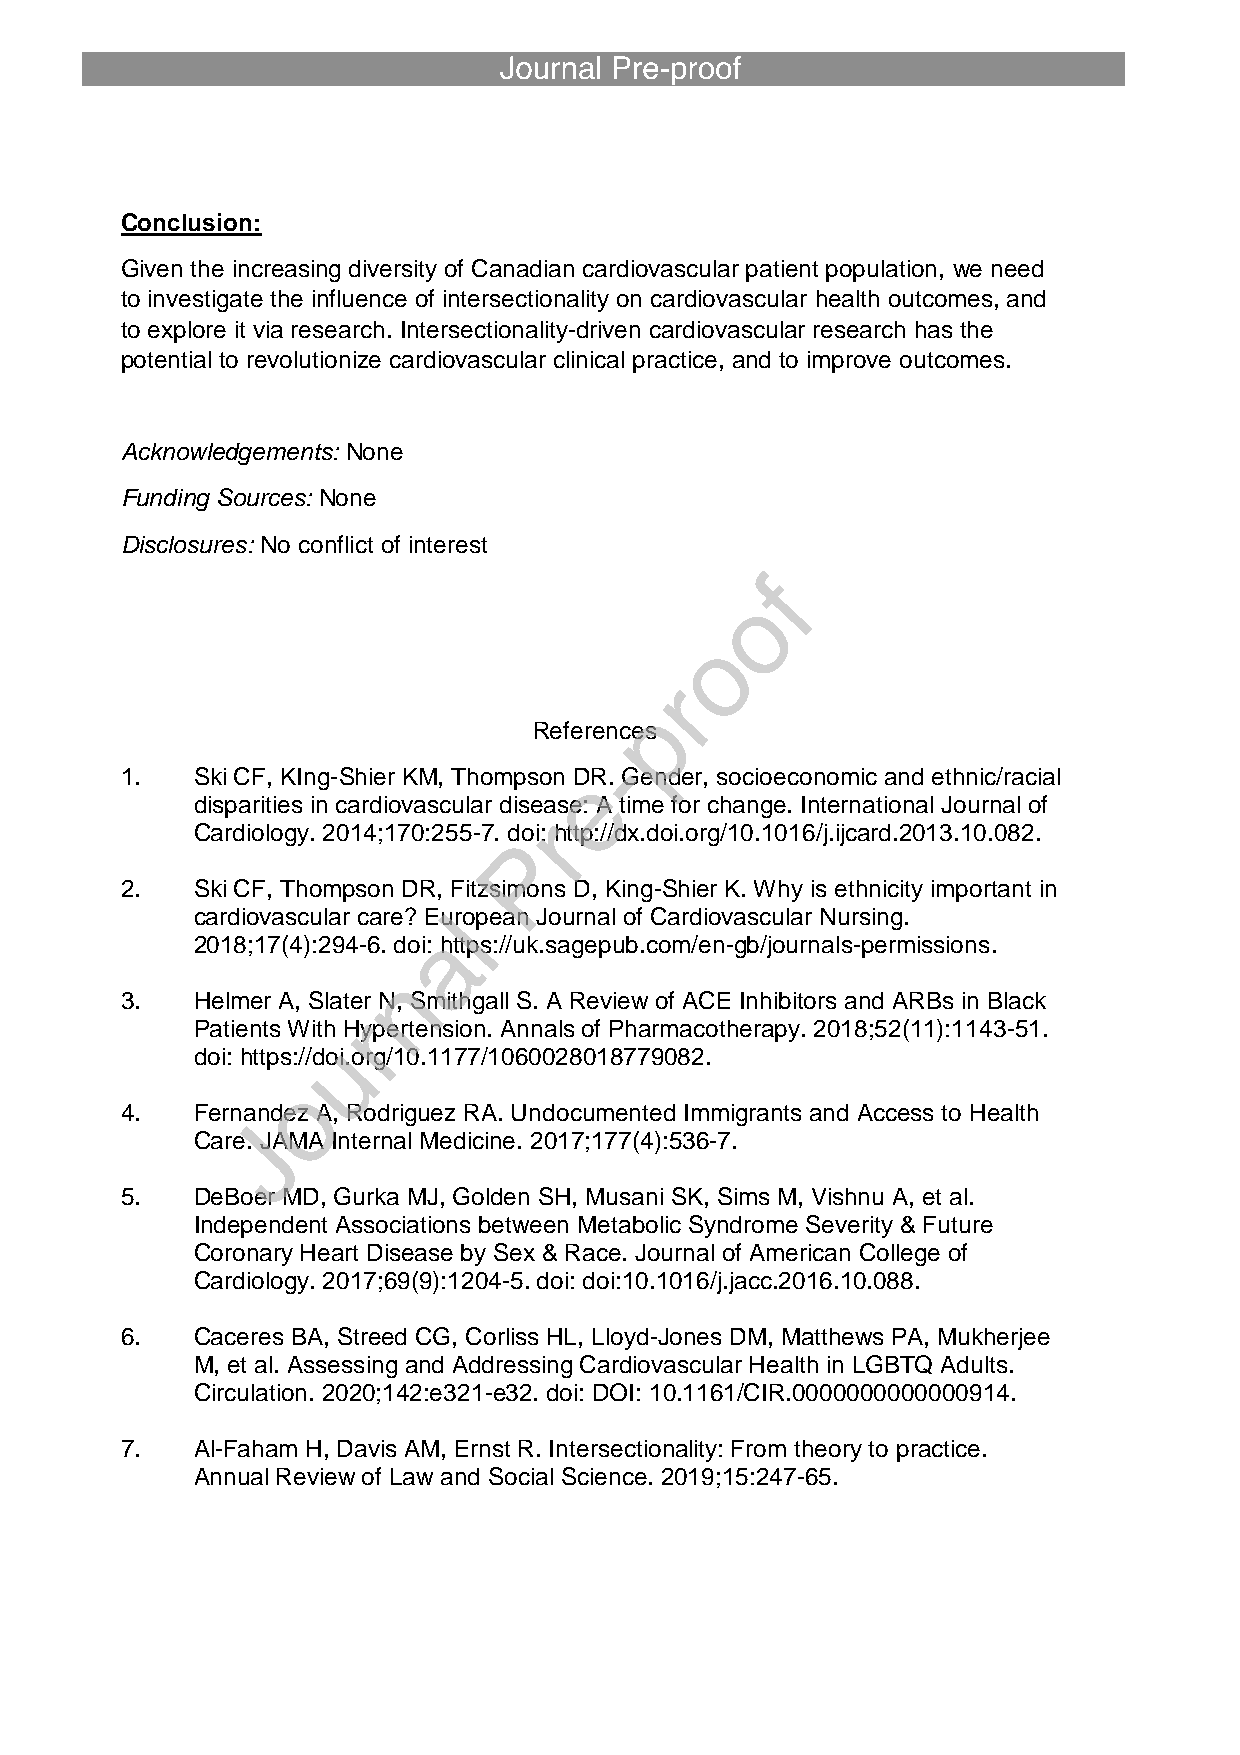
Conclusion:
 Given the increasing diversity of Canadian cardiovascular patient population, we need
 to investigate the influence of intersectionality on cardiovascular health outcomes, and
 to explore it via research. Intersectionality-driven cardiovascular research has the
 potential to revolutionize cardiovascular clinical practice, and to improve outcomes.
 Acknowledgements: None
 Funding Sources: None
 Disclosures: No conflict of interest
 References
 1.   Ski CF, KIng-Shier KM, Thompson DR. Gender, socioeconomic and ethnic/racial
 disparities in cardiovascular disease: A time for change. International Journal of
 Cardiology. 2014;170:255-7. doi: http://dx.doi.org/10.1016/j.ijcard.2013.10.082.
 2.   Ski CF, Thompson DR, Fitzsimons D, King-Shier K. Why is ethnicity important in
 cardiovascular care? European Journal of Cardiovascular Nursing.
 2018;17(4):294-6. doi: https://uk.sagepub.com/en-gb/journals-permissions.
 3.   Helmer A, Slater N, Smithgall S. A Review of ACE Inhibitors and ARBs in Black
 Patients With Hypertension. Annals of Pharmacotherapy. 2018;52(11):1143-51.
 doi: https://doi.org/10.1177/1060028018779082.
 4.   Fernandez A, Rodriguez RA. Undocumented Immigrants and Access to Health
 Care. JAMA Internal Medicine. 2017;177(4):536-7.
 5.   DeBoer MD, Gurka MJ, Golden SH, Musani SK, Sims M, Vishnu A, et al.
 Independent Associations between Metabolic Syndrome Severity & Future
 Coronary Heart Disease by Sex & Race. Journal of American College of
 Cardiology. 2017;69(9):1204-5. doi: doi:10.1016/j.jacc.2016.10.088.
 6.   Caceres BA, Streed CG, Corliss HL, Lloyd-Jones DM, Matthews PA, Mukherjee
 M, et al. Assessing and Addressing Cardiovascular Health in LGBTQ Adults.
 Circulation. 2020;142:e321-e32. doi: DOI: 10.1161/CIR.0000000000000914.
 7.   Al-Faham H, Davis AM, Ernst R. Intersectionality: From theory to practice.
 Annual Review of Law and Social Science. 2019;15:247-65.